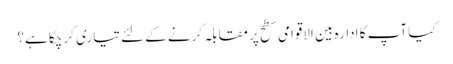
کیا آپ کا ادارہ بین الاقوامی سطح پر مقابلہ کرنے کے لئے تیاری کر چکا ہے؟